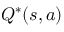
Q ^ { * } ( s , a )